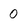
Character: 0